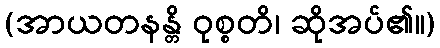
(အာယတနန္တိ ဝုစ္စတိ၊ ဆိုအပ်၏။)